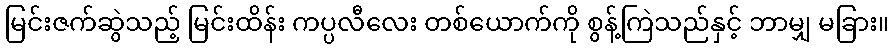
မြင်းဇက်ဆွဲသည့် မြင်းထိန်း ကပ္ပလီလေး တစ်ယောက်ကို စွန့်ကြဲသည်နှင့် ဘာမျှ မခြား။